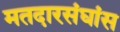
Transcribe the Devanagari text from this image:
मतदारसंघांस